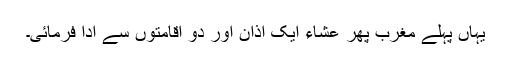
یہاں پہلے مغرب پھر عشاء ایک اذان اور دو اقامتوں سے ادا فرمائی۔